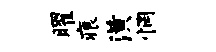
曜痕潢惘